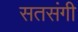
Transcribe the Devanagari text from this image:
सतसंगी